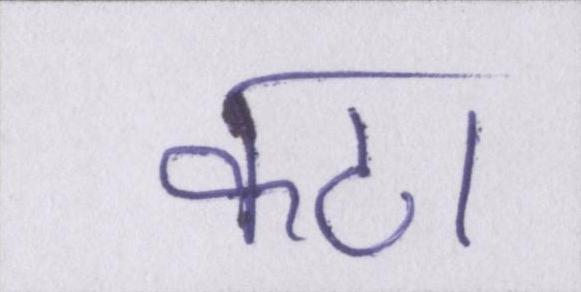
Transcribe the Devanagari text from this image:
कटा